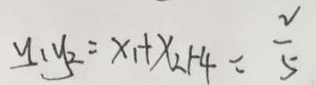
y _ { 1 } y _ { 2 } = x _ { 1 } + x _ { 2 } + 4 = \frac { 2 } { 5 }